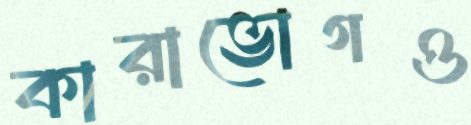
কারাভোগও